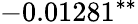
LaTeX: -0.01281^{\ast\ast}